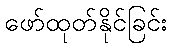
ဖော်ထုတ်နိုင်ခြင်း